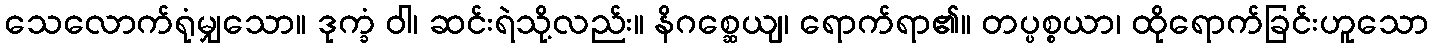
သေလောက်ရုံမျှသော။ ဒုက္ခံ ဝါ၊ ဆင်းရဲသို့လည်း။ နိဂစ္ဆေယျ၊ ရောက်ရာ၏။ တပ္ပစ္စယာ၊ ထိုရောက်ခြင်းဟူသော